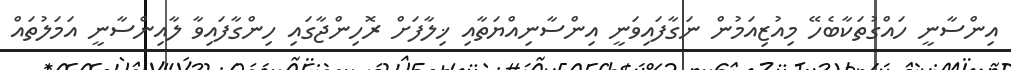
އިންސާނީ ހައްގުތަކާބެހޭ މިއުޒިއަމުން ނަގާފައިވަނީ އިންސާނިއްޔަތާއި ޚިލާފަށް ރޮހިންޖާގައި ހިންގާފައިވާ ލާއިންސާނީ އަމަލުތައް